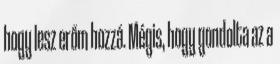
hogy lesz erőm hozzá. Mégis, hogy gondolta az a